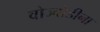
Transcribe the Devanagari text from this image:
वोज्वोडीना